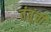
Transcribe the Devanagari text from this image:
तंतूंची